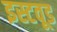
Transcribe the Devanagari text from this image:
इस्टवूड